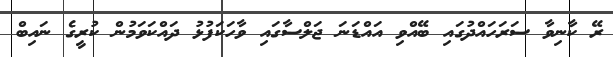
ރޭ ކާނިވާ ސަރަހައްދުގައި ބޭއްވި އައްޑަނަ ޖަލްސާގައި ވާހަކަފުޅު ދައްކަވަމުން ކުރީގެ ނައިބް